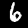
Digit: 6